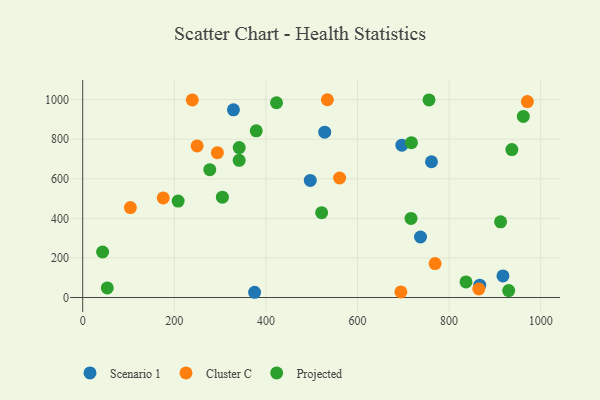
{"axis": {"x": "Speed", "y": "Yield"}, "legend": ["Cluster C", "Projected", "Scenario 1"], "data": [{"x": "866.9", "y": 62.6, "type": "Scenario 1"}, {"x": "329.1", "y": 948.6, "type": "Scenario 1"}, {"x": "375.3", "y": 26.5, "type": "Scenario 1"}, {"x": "496.9", "y": 591.7, "type": "Scenario 1"}, {"x": "528.4", "y": 835.4, "type": "Scenario 1"}, {"x": "737.6", "y": 305.8, "type": "Scenario 1"}, {"x": "761.5", "y": 686.0, "type": "Scenario 1"}, {"x": "696.9", "y": 769.6, "type": "Scenario 1"}, {"x": "917.6", "y": 108.9, "type": "Scenario 1"}, {"x": "175.8", "y": 503.4, "type": "Cluster C"}, {"x": "104.1", "y": 454.5, "type": "Cluster C"}, {"x": "294.1", "y": 731.7, "type": "Cluster C"}, {"x": "970.9", "y": 989.8, "type": "Cluster C"}, {"x": "864.9", "y": 43.1, "type": "Cluster C"}, {"x": "769.4", "y": 171.6, "type": "Cluster C"}, {"x": "239.3", "y": 998.3, "type": "Cluster C"}, {"x": "534.2", "y": 999.4, "type": "Cluster C"}, {"x": "560.9", "y": 603.8, "type": "Cluster C"}, {"x": "249.8", "y": 766.0, "type": "Cluster C"}, {"x": "694.7", "y": 28.2, "type": "Cluster C"}, {"x": "521.7", "y": 428.6, "type": "Projected"}, {"x": "930.1", "y": 35.3, "type": "Projected"}, {"x": "43.5", "y": 229.9, "type": "Projected"}, {"x": "423.2", "y": 984.0, "type": "Projected"}, {"x": "716.8", "y": 399.5, "type": "Projected"}, {"x": "305.0", "y": 506.8, "type": "Projected"}, {"x": "208.4", "y": 487.4, "type": "Projected"}, {"x": "912.4", "y": 382.5, "type": "Projected"}, {"x": "937.0", "y": 747.6, "type": "Projected"}, {"x": "53.7", "y": 48.6, "type": "Projected"}, {"x": "341.7", "y": 757.6, "type": "Projected"}, {"x": "962.0", "y": 915.2, "type": "Projected"}, {"x": "341.6", "y": 693.2, "type": "Projected"}, {"x": "717.7", "y": 782.5, "type": "Projected"}, {"x": "756.1", "y": 998.6, "type": "Projected"}, {"x": "836.9", "y": 78.8, "type": "Projected"}, {"x": "378.9", "y": 842.4, "type": "Projected"}, {"x": "277.5", "y": 645.9, "type": "Projected"}]}